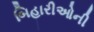
બિહારીઓની